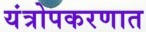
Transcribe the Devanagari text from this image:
यंत्रोपकरणात